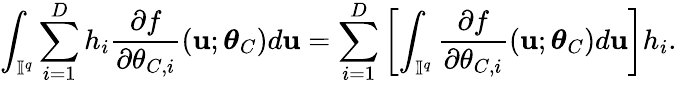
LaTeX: \int_{\mathbb{I}^{q}}\sum_{i=1}^{D}h_{i}\frac{\partial f}{\partial\theta_{C,i}}(\mathbf{u};\boldsymbol{\theta}_{C})d\mathbf{u}=\sum_{i=1}^{D}\left[\int_{\mathbb{I}^{q}}\frac{\partial f}{\partial\theta_{C,i}}(\mathbf{u};\boldsymbol{\theta}_{C})d\mathbf{u}\right]h_{i}.